Vaccine operations Central Provinces & Berar 1912-1920 - 1912-1920
Year: 1912
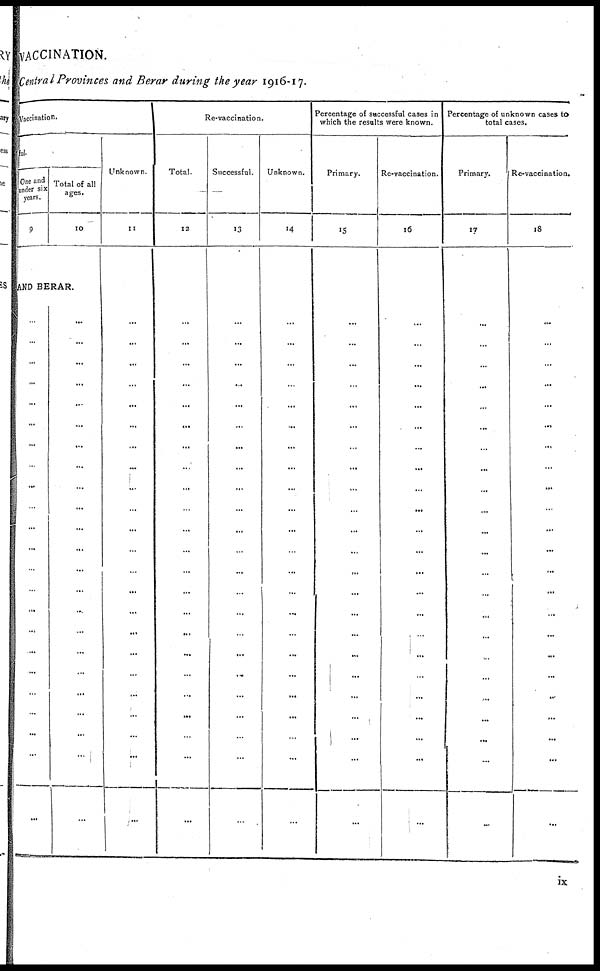
VACCINATION.
Central Provinces and Berar during the year 1916-17.
Vaccination.
ful.
One and
under six
years.
9
Total of all
ages.
10
AND BERAR.
...
...
...
...
...
...
...
...
...
...
...
...
...
...
...
...
...
...
...
...
...
...
...
...
...
...
...
...
...
...
...
...
...
...
...
...
...
...
...
...
...
...
...
...
...
...
Unknown.
11
...
...
...
...
...
...
...
...
...
...
...
...
...
...
...
...
...
...
...
...
...
...
...
Re-vaccination.
Total.
12
...
...
...
...
...
...
...
...
...
...
...
...
...
...
...
...
...
...
...
...
...
...
...
Successful.
13
...
...
...
...
...
...
...
...
...
...
...
...
...
...
...
...
...
...
... ... ... ...
...
Unknown.
14
...
...
...
...
...
...
...
...
...
...
...
...
...
...
...
...
...
...
...
...
...
...
...
Percentage of successful cases in
which the results were known.
Primary.
15
...
...
...
...
...
...
...
...
...
...
...
...
...
...
...
...
...
...
...
...
...
...
...
Re-vaccination.
16
...
...
...
...
...
...
...
...
...
...
...
...
...
...
...
...
...
...
...
...
...
...
...
Percentage of unknown cases to
total cases.
Primary.
17
...
...
...
...
...
...
...
...
...
...
...
...
...
...
...
...
...
...
...
...
...
...
...
Re-vaccination.
18
...
...
...
...
...
...
...
...
...
...
...
...
...
...
...
...
...
...
...
...
...
...
...
ix